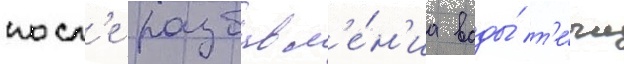
посл'е разбавл'е́н'иа воды́ т'е́чи